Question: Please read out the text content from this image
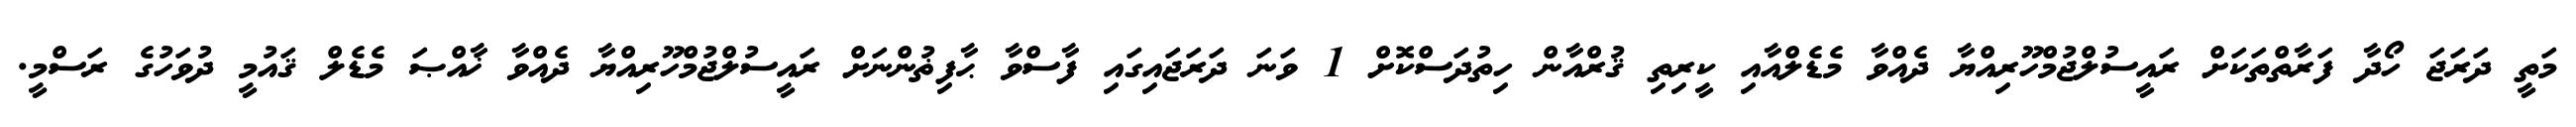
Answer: މަތީ ދަރަޖަ ހޯދާ ފަރާތްތަކަށް ރައީސުލްޖުމްހޫރިއްޔާ ދެއްވާ މެޑެލްއާއި ކީރިތި ޤުރްއާން ހިތުދަސްކޮށް 1 ވަނަ ދަރަޖައިގައި ފާސްވާ ޙާފިޡުންނަށް ރައީސުލްޖުމްހޫރިއްޔާ ދެއްވާ ޚާއްޞަ މެޑެލް ޤައުމީ ދުވަހުގެ ރަސްމީ.